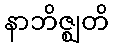
နာဘိဇ္ဈတိ